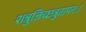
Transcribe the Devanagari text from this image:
शत्रुजिच्छत्रुतापनः।